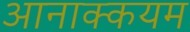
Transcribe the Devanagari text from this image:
आनाक्कयम